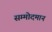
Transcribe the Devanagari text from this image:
सम्मोदमान